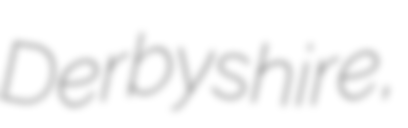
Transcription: Derbyshire,